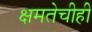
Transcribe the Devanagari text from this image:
क्षमतेचीही